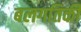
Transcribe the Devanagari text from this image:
बलगतिकी